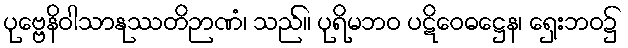
ပုဗ္ဗေနိဝါသာနုဿတိဉာဏံ၊ သည်။ ပုရိမဘဝ ပဋိဝေဓဋ္ဌေန၊ ရှေးဘဝ၌